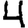
Digit: 4